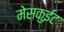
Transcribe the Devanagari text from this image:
मेसकुईट